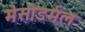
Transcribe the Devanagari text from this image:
मेसोडर्मल